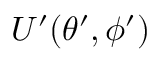
U ^ { \prime } ( \theta ^ { \prime } , \phi ^ { \prime } )